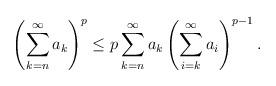
LaTeX: \begin{align*} \left ( \sum^{\infty}_{k=n}a_k\right )^p \leq p\sum^{\infty}_{k=n}a_k\left ( \sum^{\infty}_{i=k} a_i\right )^{p-1}.\end{align*}